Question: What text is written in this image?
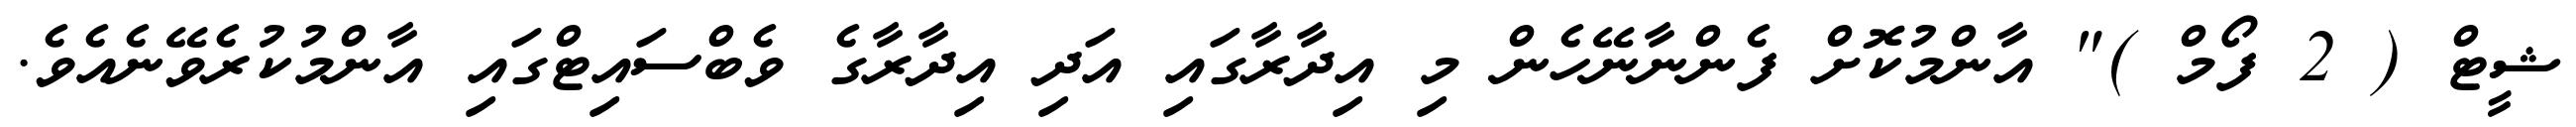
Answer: ޝީޓް ( 2 ފޯމް )" އާންމުކޮށް ފެންނާނޭހެން މި އިދާރާގައި އަދި އިދާރާގެ ވެބްސައިޓްގައި އާންމުކުރެވޭނެއެވެ.